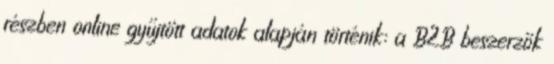
részben online gyűjtött adatok alapján történik: a B2B beszerzők